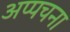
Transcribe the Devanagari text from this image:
अप्पचना